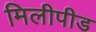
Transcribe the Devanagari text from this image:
मिलीपीड